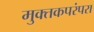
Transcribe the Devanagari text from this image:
मुक्तकपरंपरा